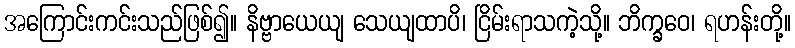
အကြောင်းကင်းသည်ဖြစ်၍။ နိဗ္ဗာယေယျ သေယျထာပိ၊ ငြိမ်းရာသကဲ့သို့။ ဘိက္ခဝေ၊ ရဟန်းတို့။